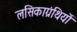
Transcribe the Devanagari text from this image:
लसिकाग्रंथियों